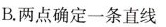
B.两点确定一条直线